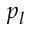
p _ { l }